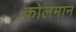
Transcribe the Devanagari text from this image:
कोलमान